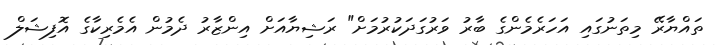
ތައްޔާރޭ މިތަނުގައި އަހަރެމެންގެ ބާރު ވަރުގަދަކުރުމަށް" ރަޝިޔާއަށް އިންޒާރު ދެމުން އެމެރިކާގެ އޮފިޝަލް